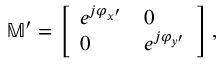
\mathbb { M } ^ { \prime } = \left[ \begin{array} { l l } { e ^ { j \varphi _ { x ^ { \prime } } } } & { 0 } \\ { 0 } & { e ^ { j \varphi _ { y ^ { \prime } } } } \end{array} \right] ,